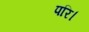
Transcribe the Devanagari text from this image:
परि।